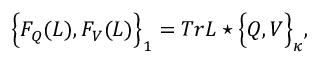
\Big \{ F _ { Q } ( L ) , F _ { V } ( L ) \Big \} _ { 1 } = T r L \star \Big \{ Q , V \Big \} _ { \kappa } , \nonumber \,